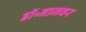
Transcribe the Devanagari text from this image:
डॉ॰नामवर